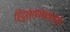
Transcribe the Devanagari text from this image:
हिंदुस्तानातल्या